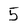
Character: 5